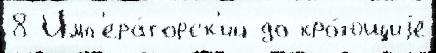
8 Имп'ера́торск'ий до кро́ющиjе